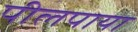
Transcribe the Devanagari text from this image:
पीलपाया